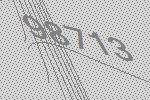
98713